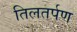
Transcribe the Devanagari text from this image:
तिलतर्पण